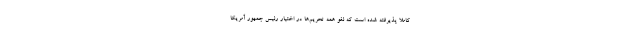
کاملا پذیرفته شده است که لغو همه تحریم‌ها در اختیار رئیس جمهور آمریکا